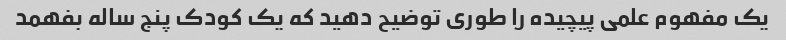
یک مفهوم علمی پیچیده را طوری توضیح دهید که یک کودک پنج ساله بفهمد